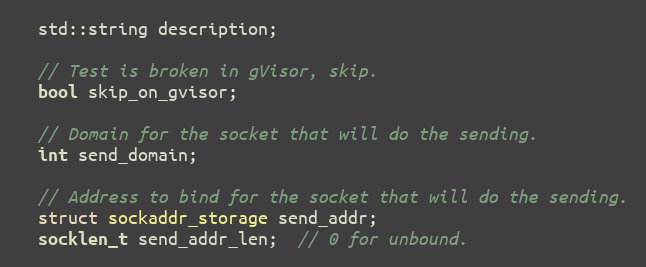
Language: C++
  std::string description;

  // Test is broken in gVisor, skip.
  bool skip_on_gvisor;

  // Domain for the socket that will do the sending.
  int send_domain;

  // Address to bind for the socket that will do the sending.
  struct sockaddr_storage send_addr;
  socklen_t send_addr_len;  // 0 for unbound.